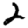
Digit: 2